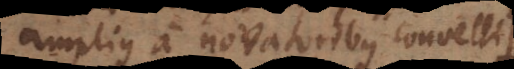
amplius a novatoribus convelli